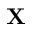
\mathbf { X }